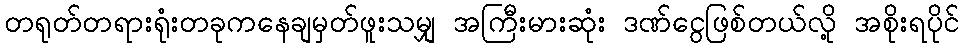
တရုတ်တရားရုံးတခုကနေချမှတ်ဖူးသမျှ အကြီးမားဆုံး ဒဏ်ငွေဖြစ်တယ်လို့ အစိုးရပိုင်